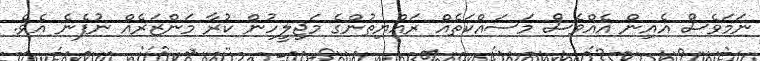
ނަމަވެސް އެއިން އެއްވެސް މަސައްކަތެއް ރައްޔިތުންގެ މަޖިލީހުން ކުރާ މަންޒަރެއް ނުފެނެ އެވެ.